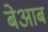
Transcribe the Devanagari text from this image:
बेआब